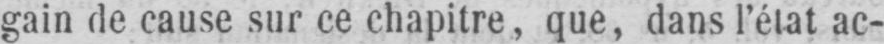
gain de cause sur ce chapitre, que, dans l’état ac-